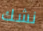
نشك